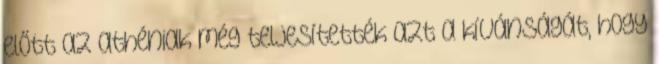
előtt az athéniak még teljesítették azt a kívánságát, hogy